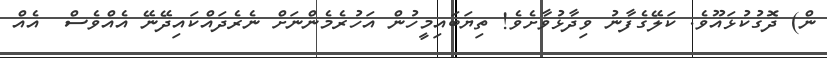
ން) ދޮގުކުޅައޫވެ. ކަލޭގެފާނު ވިދާޅުވާށެވެ! ތިޔަބައިމީހުން އަހުރެމެންނަށް ނެރެދައްކައިދޭނޭ އެއްވެސް  އެއް